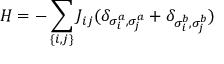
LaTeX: H = - \sum _ { \{ i , j \} } J _ { i j } ( \delta _ { \sigma _ { i } ^ { a } , \sigma _ { j } ^ { a } } + \delta _ { \sigma _ { i } ^ { b } , \sigma _ { j } ^ { b } } )